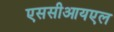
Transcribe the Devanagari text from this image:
एससीआयएल